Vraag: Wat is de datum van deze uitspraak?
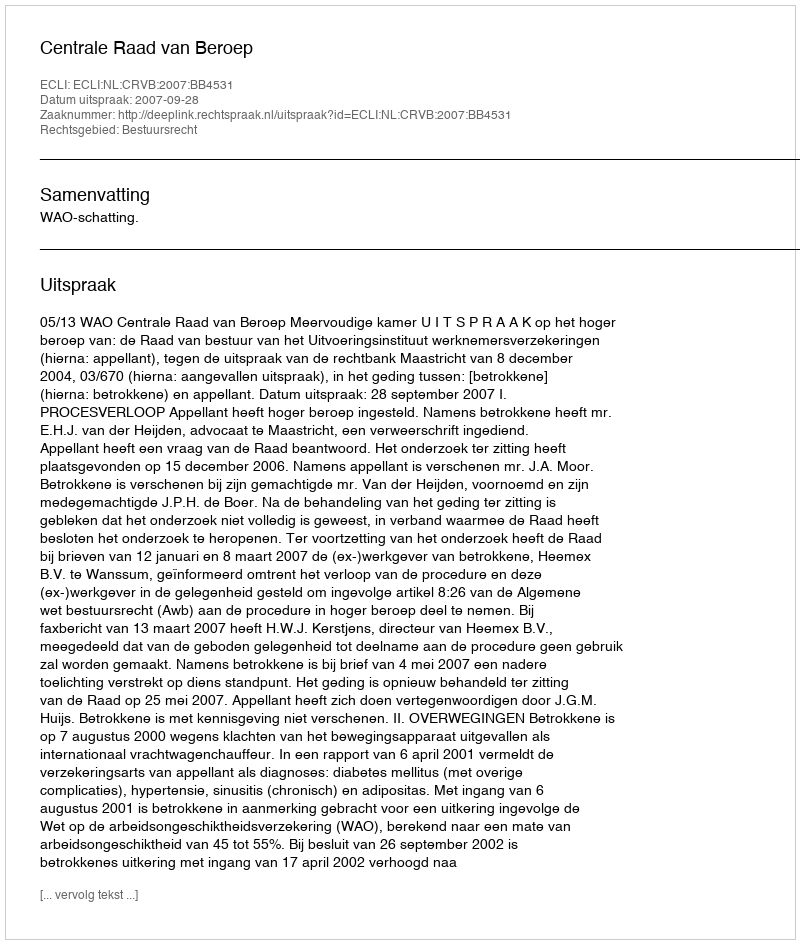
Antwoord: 2007-09-28